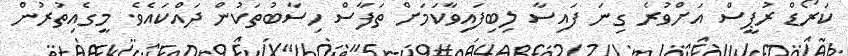
ކަރޯޑް ރުޕީސް އަށްވުރެ ގިނަ ފައިސާ ލިބިފައިވާކަމަށް ތަފާސް ހިސާބުތަކުން ދައްކައެވެ. މީގެއިތުރުން